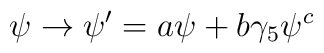
\psi\rightarrow\psi^{\prime}=a\psi+b\gamma_5\psi^c